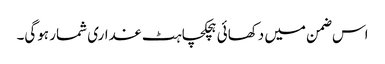
اس ضمن میں دکھائی ہچکچاہٹ غداری شمار ہوگی۔